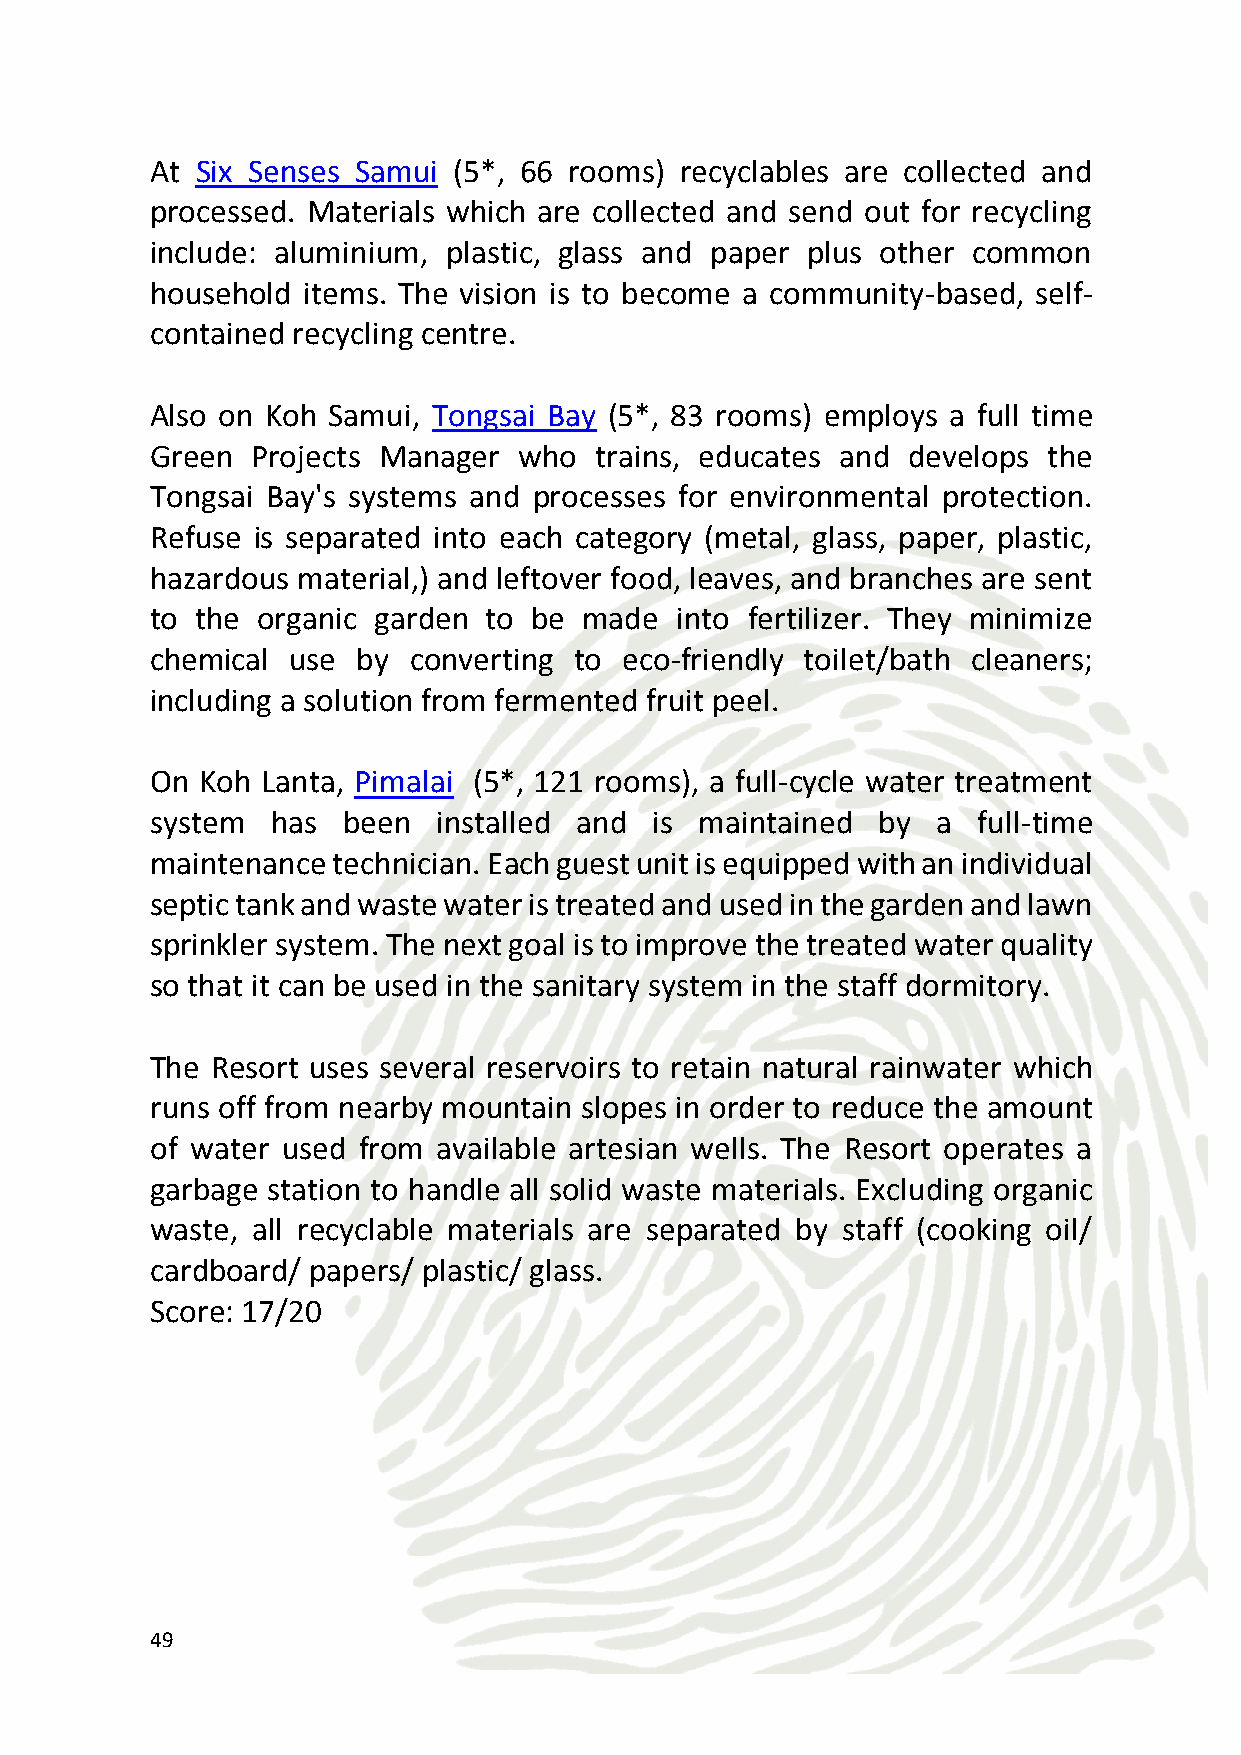
Sustainable Dining
 Restaurants and hotels in Thailand are also home to organic and eco-
 friendly cuisine. Enjoy Thai delicacies and international favorites at
 the in-house restaurants of the Banyan Tree Bangkok, and Dusit
 Thani Bangkok.
 At Aleenta Phang Nga, most of the food and natural ingredients are
 sourced locally. All food storage and preparation is in accordance
 with the international HACCP hygiene standards, which guarantees
 absolute freshness and impeccable quality.
 Score: 15/20
 Green Meeting Facilities
 The Plaza Athenee replaces disposable items with reusable ones, has
 recycling bins in all meeting rooms, uses linen napkins, pot plants and
 water coolers, has a central stationery station, organic food and
 donates excess food to charity.
 In Phuket, The Movenpick Hotel offers organic food, recyclable dining
 ware, recyclable or recycled meeting materials and power-saving
 lighting and appliances.
 Score: 11.25/15
 Green Transport
 Green transportation options are available while travelling in
 Thailand’s provinces and cities. The KTT Transport Services has a fleet
 of eco-friendly buses which travel in and around Bangkok, and the
 Green Path Travel Network provides carbon neutral transport
 services to and from Bangkok airports. There are also bicycle tours or
 50